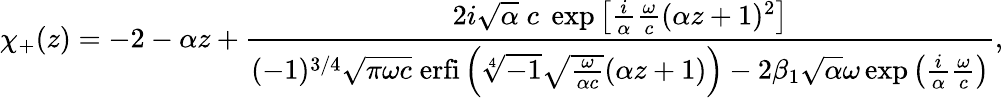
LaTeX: \chi_{+}(z)=-2-\alpha z+\frac{2i\sqrt{\alpha}\; c\; \exp\left[\frac{i}{\alpha}\frac{\omega}{c}(\alpha z+1)^{2}\right]}{(-1)^{3/4}\sqrt{\pi\omega c}\; \mathrm{erfi}\left(\sqrt[4]{-1}\sqrt{\frac{\omega}{\alpha c}}(\alpha z+1)\right)-2\beta_{1}\sqrt{\alpha}\omega\exp\left(\frac{i}{\alpha}\frac{\omega}{c}\right)},